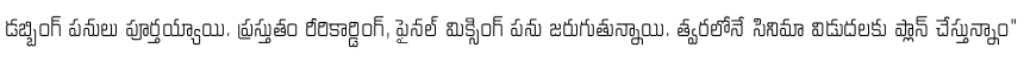
డబ్బింగ్ పనులు పూర్తయ్యాయి. ప్రస్తుతం రీరికార్డింగ్, ఫైనల్ మిక్సింగ్ పను జరుగుతున్నాయి. త్వరలోనే సినిమా విడుదలకు ప్లాన్ చేస్తున్నాం"